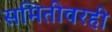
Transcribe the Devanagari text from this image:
समितीवरही